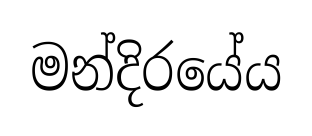
මන්දිරයේය